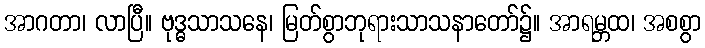
အာဂတာ၊ လာပြီ။ ဗုဒ္ဓသာသနေ၊ မြတ်စွာဘုရားသာသနာတော်၌။ အာရမ္ဘထ၊ အစစွာ